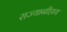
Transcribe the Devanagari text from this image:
राज्यानीहाय